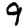
Digit: 9